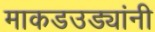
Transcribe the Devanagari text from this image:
माकडउड्यांनी